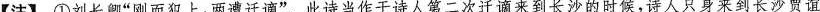
【注】①刘长卿”刚而犯上，两遭迁谪”。此诗当作于诗人第二次迁谪来到长沙的时候，诗人只身来到长沙贾谊